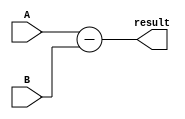
module Subtractor(input A, input B, output result);
     assign result = A - B;
endmodule